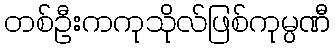
တစ်ဦးကကုသိုလ်ဖြစ်ကုမ္ပဏီ